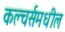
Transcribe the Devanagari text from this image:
कल्चर्समधील